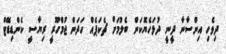
ދިވެހި އިންސާނާ ދީނީ ދުޅަހެޔޮކަން ބެލުމަށް ޗެކަޕެއް ހަދަން ޖުމްހޫރީ ރިޔާސީ ކެންޑިޑޭޓް